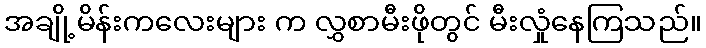
အချို့မိန်းကလေးများ က လွှစာမီးဖိုတွင် မီးလှုံနေကြသည်။